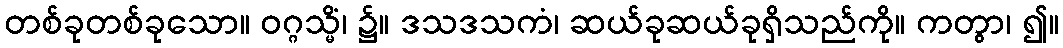
တစ်ခုတစ်ခုသော။ ဝဂ္ဂသ္မိံ၊ ၌။ ဒသဒသကံ၊ ဆယ်ခုဆယ်ခုရှိသည်ကို။ ကတွာ၊ ၍။